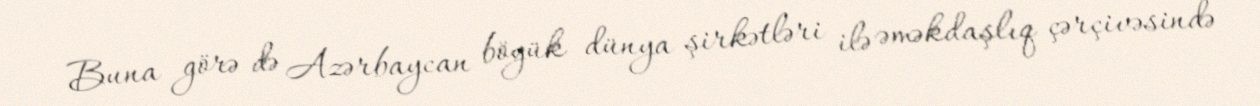
Buna görə də Azərbaycan böyük dünya şirkətləri ilə əməkdaşlıq çərçivəsində